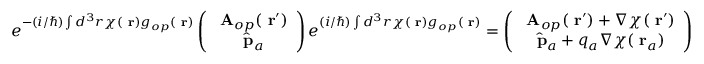
e ^ { - ( i / \hbar ) \int d ^ { 3 } r \chi ( \mathrm { \bf ~ r } ) g _ { o p } ( \mathrm { \bf ~ r } ) } \left( \begin{array} { c } { \mathrm { \bf ~ A } _ { o p } ( \mathrm { \bf ~ r } ^ { \prime } ) } \\ { \hat { \mathrm { \bf ~ p } } _ { a } } \end{array} \right) e ^ { ( i / \hbar ) \int d ^ { 3 } r \chi ( \mathrm { \bf ~ r } ) g _ { o p } ( \mathrm { \bf ~ r } ) } = \left( \begin{array} { c } { \mathrm { \bf ~ A } _ { o p } ( \mathrm { \bf ~ r } ^ { \prime } ) + \nabla \chi ( \mathrm { \bf ~ r } ^ { \prime } ) } \\ { \hat { \mathrm { \bf ~ p } } _ { a } + q _ { a } \nabla \chi ( \mathrm { \bf ~ r } _ { a } ) } \end{array} \right)